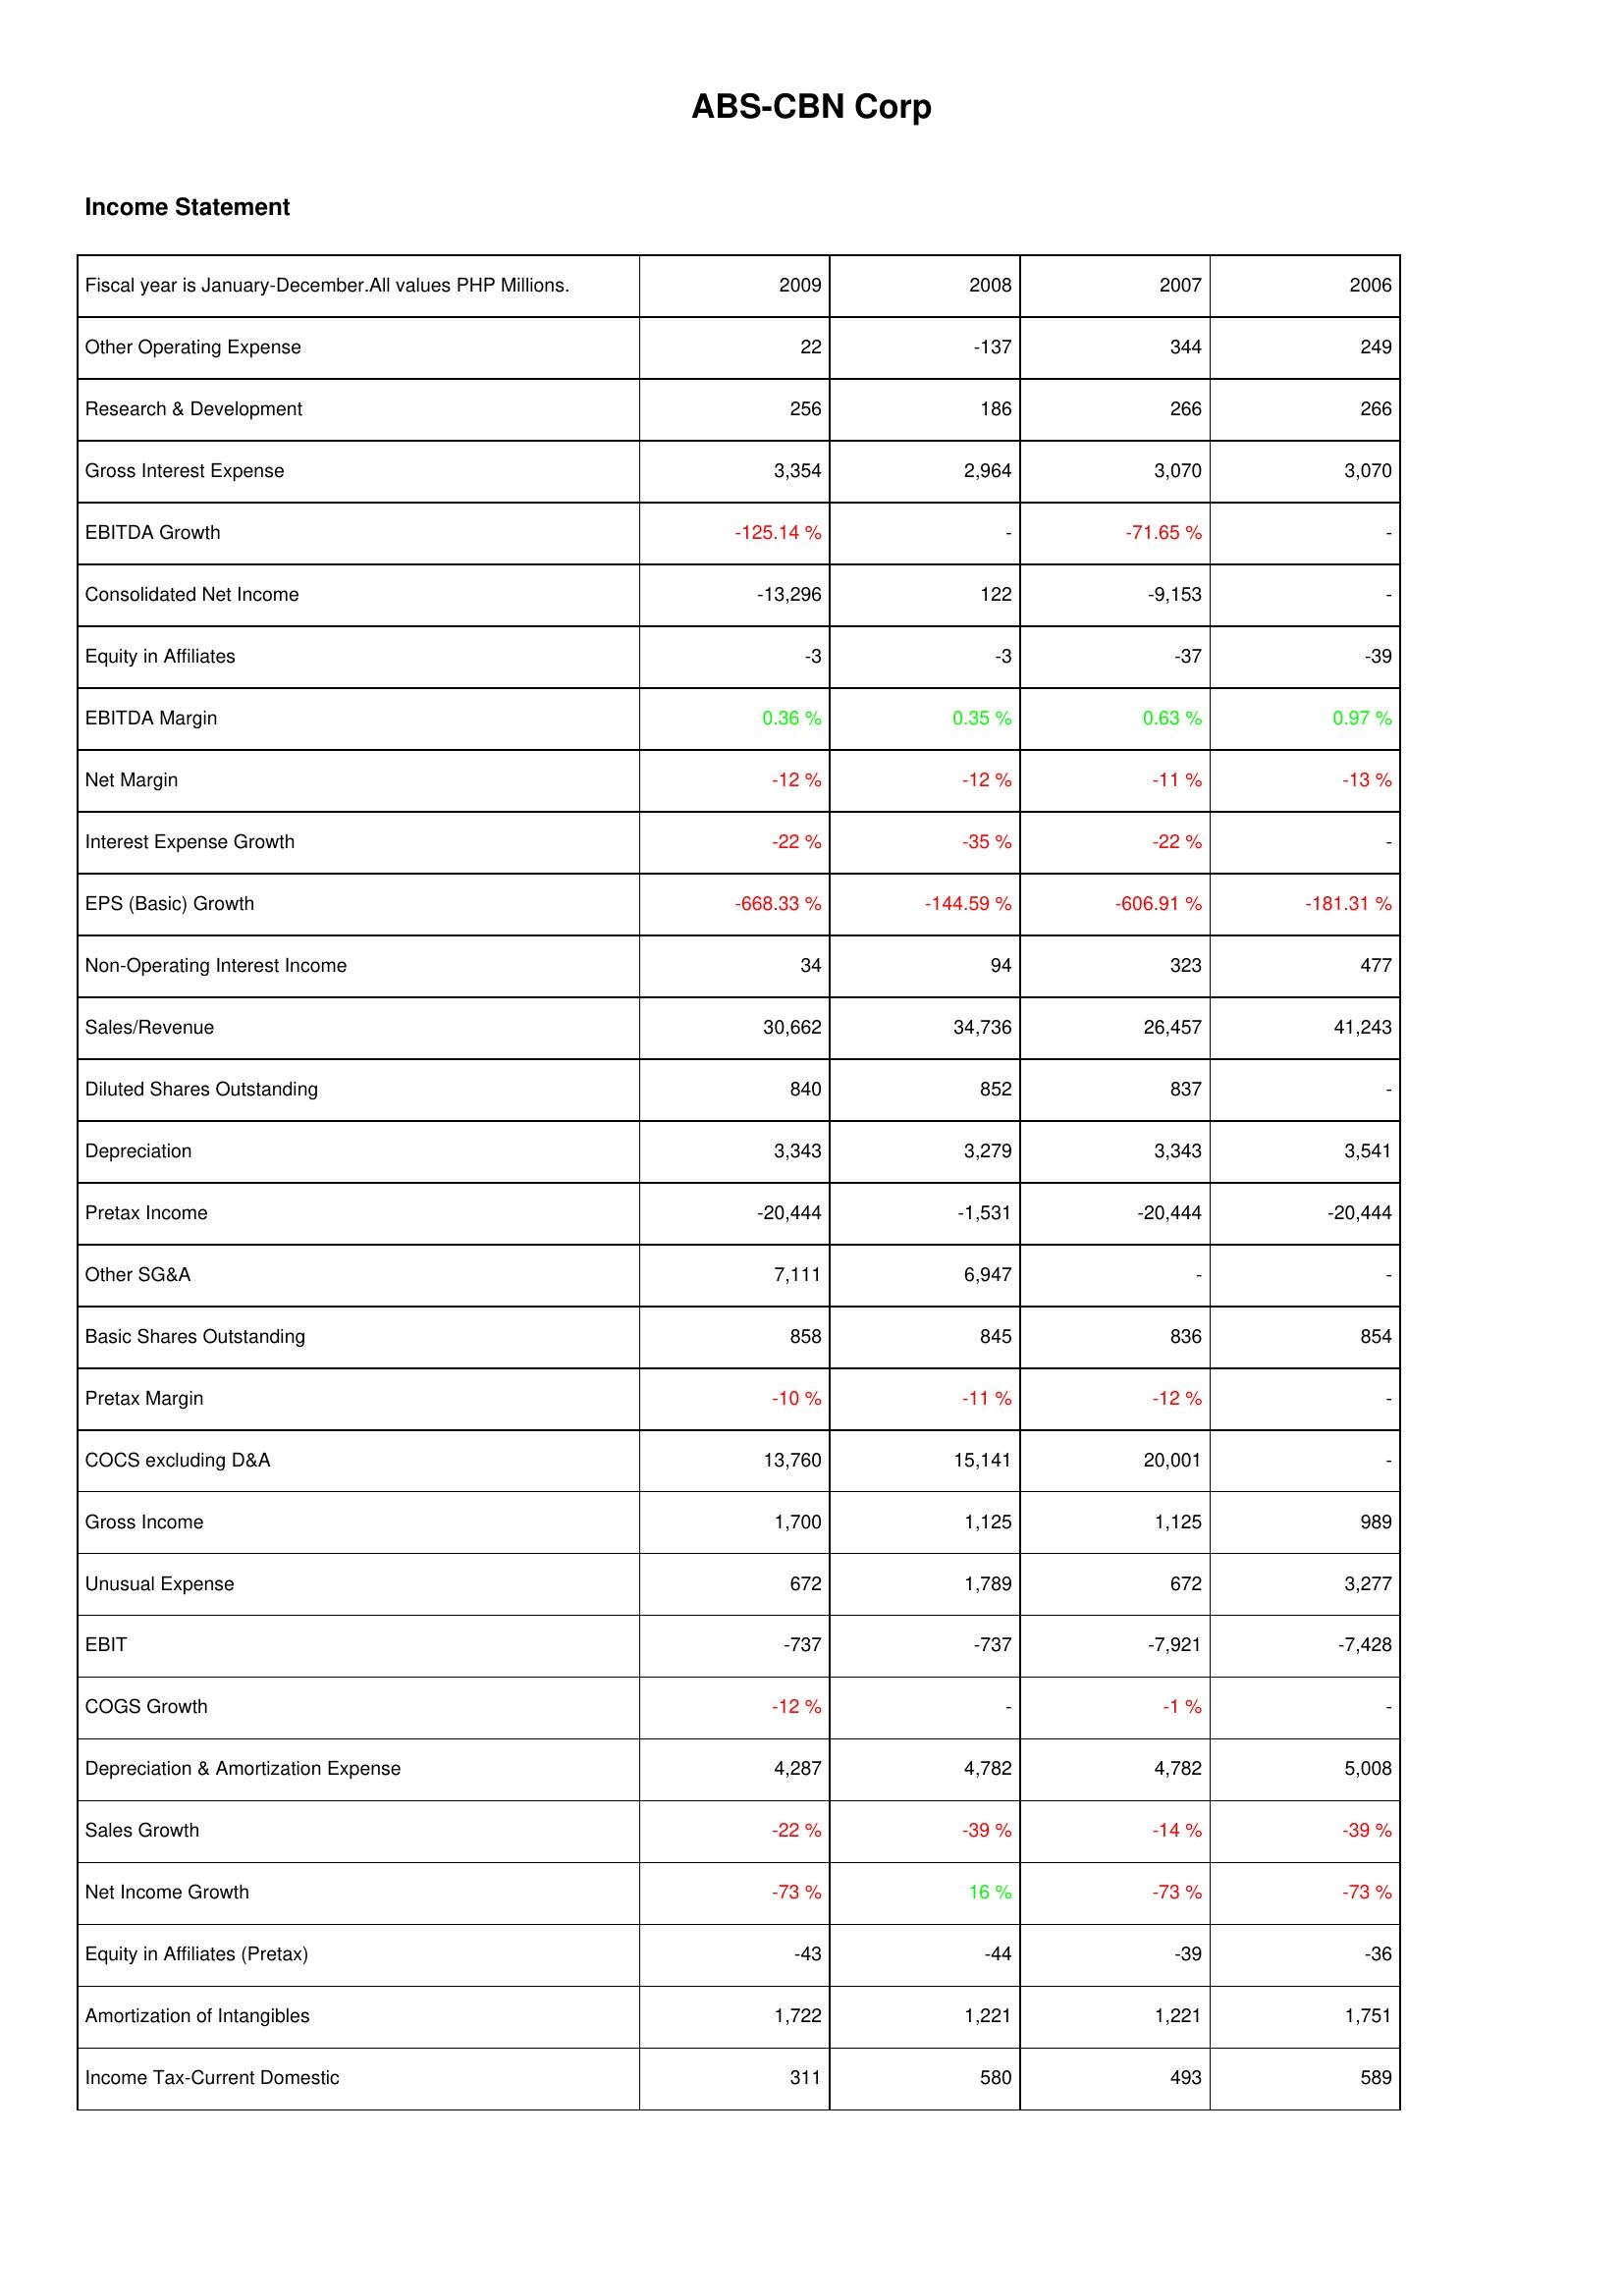
2009: Income Statement: Other Operating Expense: 22
Research & Development: 256
Gross Interest Expense: 3,354
EBITDA Growth: -125.14 %
Consolidated Net Income: -13,296
Equity in Affiliates: -3
EBITDA Margin: 0.36 %
Net Margin: -12 %
Interest Expense Growth: -22 %
EPS (Basic) Growth: -668.33 %
Non-Operating Interest Income: 34
Sales/Revenue: 30,662
Diluted Shares Outstanding: 840
Depreciation: 3,343
Pretax Income: -20,444
Other SG&A: 7,111
Basic Shares Outstanding: 858
Pretax Margin: -10 %
COCS excluding D&A: 13,760
Gross Income: 1,700
Unusual Expense: 672
EBIT: -737
COGS Growth: -12 %
Depreciation & Amortization Expense: 4,287
Sales Growth: -22 %
Net Income Growth: -73 %
Equity in Affiliates (Pretax): -43
Amortization of Intangibles: 1,722
Income Tax-Current Domestic: 311
2008: Income Statement: Other Operating Expense: -137
Research & Development: 186
Gross Interest Expense: 2,964
EBITDA Growth: -
Consolidated Net Income: 122
Equity in Affiliates: -3
EBITDA Margin: 0.35 %
Net Margin: -12 %
Interest Expense Growth: -35 %
EPS (Basic) Growth: -144.59 %
Non-Operating Interest Income: 94
Sales/Revenue: 34,736
Diluted Shares Outstanding: 852
Depreciation: 3,279
Pretax Income: -1,531
Other SG&A: 6,947
Basic Shares Outstanding: 845
Pretax Margin: -11 %
COCS excluding D&A: 15,141
Gross Income: 1,125
Unusual Expense: 1,789
EBIT: -737
COGS Growth: -
Depreciation & Amortization Expense: 4,782
Sales Growth: -39 %
Net Income Growth: 16 %
Equity in Affiliates (Pretax): -44
Amortization of Intangibles: 1,221
Income Tax-Current Domestic: 580
2007: Income Statement: Other Operating Expense: 344
Research & Development: 266
Gross Interest Expense: 3,070
EBITDA Growth: -71.65 %
Consolidated Net Income: -9,153
Equity in Affiliates: -37
EBITDA Margin: 0.63 %
Net Margin: -11 %
Interest Expense Growth: -22 %
EPS (Basic) Growth: -606.91 %
Non-Operating Interest Income: 323
Sales/Revenue: 26,457
Diluted Shares Outstanding: 837
Depreciation: 3,343
Pretax Income: -20,444
Other SG&A: -
Basic Shares Outstanding: 836
Pretax Margin: -12 %
COCS excluding D&A: 20,001
Gross Income: 1,125
Unusual Expense: 672
EBIT: -7,921
COGS Growth: -1 %
Depreciation & Amortization Expense: 4,782
Sales Growth: -14 %
Net Income Growth: -73 %
Equity in Affiliates (Pretax): -39
Amortization of Intangibles: 1,221
Income Tax-Current Domestic: 493
2006: Income Statement: Other Operating Expense: 249
Research & Development: 266
Gross Interest Expense: 3,070
EBITDA Growth: -
Consolidated Net Income: -
Equity in Affiliates: -39
EBITDA Margin: 0.97 %
Net Margin: -13 %
Interest Expense Growth: -
EPS (Basic) Growth: -181.31 %
Non-Operating Interest Income: 477
Sales/Revenue: 41,243
Diluted Shares Outstanding: -
Depreciation: 3,541
Pretax Income: -20,444
Other SG&A: -
Basic Shares Outstanding: 854
Pretax Margin: -
COCS excluding D&A: -
Gross Income: 989
Unusual Expense: 3,277
EBIT: -7,428
COGS Growth: -
Depreciation & Amortization Expense: 5,008
Sales Growth: -39 %
Net Income Growth: -73 %
Equity in Affiliates (Pretax): -36
Amortization of Intangibles: 1,751
Income Tax-Current Domestic: 589